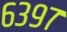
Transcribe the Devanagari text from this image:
६३९७